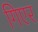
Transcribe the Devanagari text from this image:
गिएर